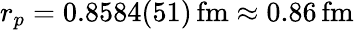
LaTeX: r_{p}=0.8584(51)\, \mathrm{fm}\approx 0.86\, \mathrm{fm}